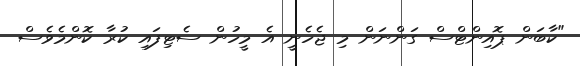
"ކާބަން ޕޮއިންޓްސް ގަންނަން މި ޖެހެނީ އެ މީހުން ސެޓިފައި ކުރާ ކޮންމެވެސް